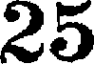
25